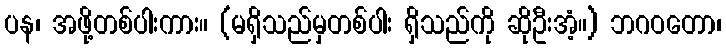
ပန၊ အဖို့တစ်ပါးကား။ (မရှိသည်မှတစ်ပါး ရှိသည်ကို ဆိုဦးအံ့။) ဘဂဝတော၊